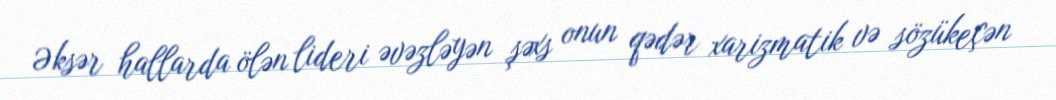
Əksər hallarda ölən lideri əvəzləyən şəxs onun qədər xarizmatik və sözükeçən